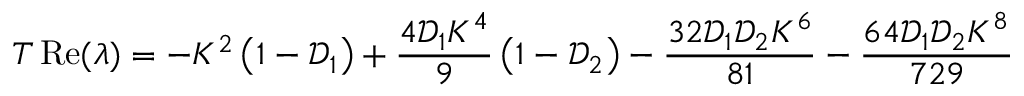
T \operatorname { R e } ( \lambda ) = - K ^ { 2 } \left( 1 - \mathcal { D } _ { 1 } \right) + \frac { 4 \mathcal { D } _ { 1 } K ^ { 4 } } { 9 } \left( 1 - \mathcal { D } _ { 2 } \right) - \frac { 3 2 \mathcal { D } _ { 1 } \mathcal { D } _ { 2 } K ^ { 6 } } { 8 1 } - \frac { 6 4 \mathcal { D } _ { 1 } \mathcal { D } _ { 2 } K ^ { 8 } } { 7 2 9 }